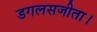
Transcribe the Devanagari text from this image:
डगलसजीता।